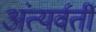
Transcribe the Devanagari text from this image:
अंत्यर्वर्ती